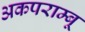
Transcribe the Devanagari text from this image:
अकपराम्बू